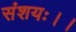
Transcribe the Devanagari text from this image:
संशयः।।